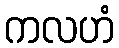
ကလဟံ